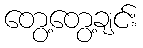
တွေ့တွေ့ချင်း